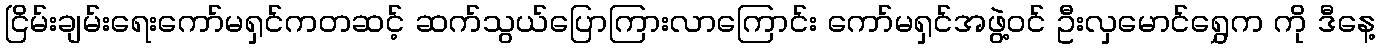
ငြိမ်းချမ်းရေးကော်မရှင်ကတဆင့် ဆက်သွယ်ပြောကြားလာကြောင်း ကော်မရှင်အဖွဲ့ဝင် ဦးလှမောင်ရွှေက ကို ဒီနေ့